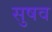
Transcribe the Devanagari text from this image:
सुषव